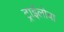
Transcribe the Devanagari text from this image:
ट्राईलोबा